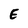
Character: E